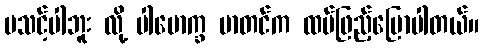
မသင့်ပါဘူး လို့ ပါမောက္ခ မာတင်က ထပ်ဖြည့်ပြောပါတယ်။